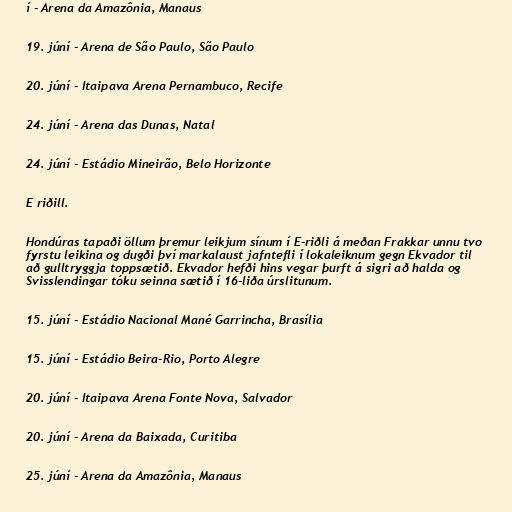
í - Arena da Amazônia, Manaus

19. júní - Arena de São Paulo, São Paulo

20. júní - Itaipava Arena Pernambuco, Recife

24. júní - Arena das Dunas, Natal

24. júní - Estádio Mineirão, Belo Horizonte

E riðill.

Hondúras tapaði öllum þremur leikjum sínum í E-riðli á meðan Frakkar unnu tvo
fyrstu leikina og dugði því markalaust jafntefli í lokaleiknum gegn Ekvador til
að gulltryggja toppsætið. Ekvador hefði hins vegar þurft á sigri að halda og
Svisslendingar tóku seinna sætið í 16-liða úrslitunum.

15. júní - Estádio Nacional Mané Garrincha, Brasília

15. júní - Estádio Beira-Rio, Porto Alegre

20. júní - Itaipava Arena Fonte Nova, Salvador

20. júní - Arena da Baixada, Curitiba

25. júní - Arena da Amazônia, Manaus